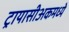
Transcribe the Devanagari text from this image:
ट्रायासीअकमध्ये